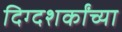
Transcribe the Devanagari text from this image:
दिग्दशर्कांच्या